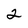
Character: 2